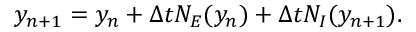
y _ { n + 1 } = y _ { n } + \Delta t N _ { E } ( y _ { n } ) + \Delta t N _ { I } ( y _ { n + 1 } ) .